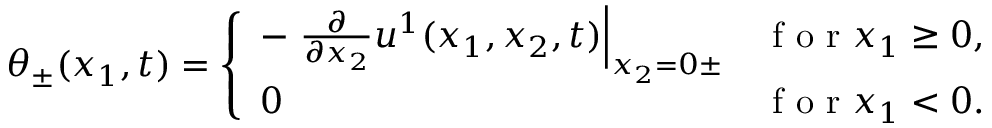
\theta _ { \pm } ( x _ { 1 } , t ) = \left\{ \begin{array} { l l } { - \left. \frac { \partial } { \partial x _ { 2 } } u ^ { 1 } ( x _ { 1 } , x _ { 2 } , t ) \right| _ { x _ { 2 } = 0 \pm } } & { \textrm { f o r } x _ { 1 } \geq 0 , } \\ { 0 } & { \textrm { f o r } x _ { 1 } < 0 . } \end{array} \right.